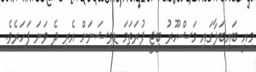
މިއީ ބައިބަލާގައި މަޝްހޫރު ބީޖީ ފުރަތަމަ ޑިވިޝަނަށް އެރި ދެ ވަނަ ފަހަރެވެ.